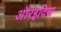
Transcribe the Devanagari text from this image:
औरइंदिरा